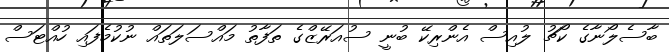
ބާސެލޯނާގެ ކޯޗު ލުއިސް އެންރިކޭ ބުނީ ސުއަރޭޒްގެ ތަފާތު މައްސަލަތައް ނުކުމެފައި ހުއްޓަސް